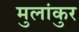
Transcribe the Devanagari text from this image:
मुलांकुर